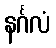
နင်္ဂလံ